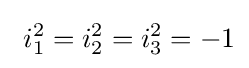
\ i_{1}^{2}=i_{2}^{2}=i_{3}^{2}=-1